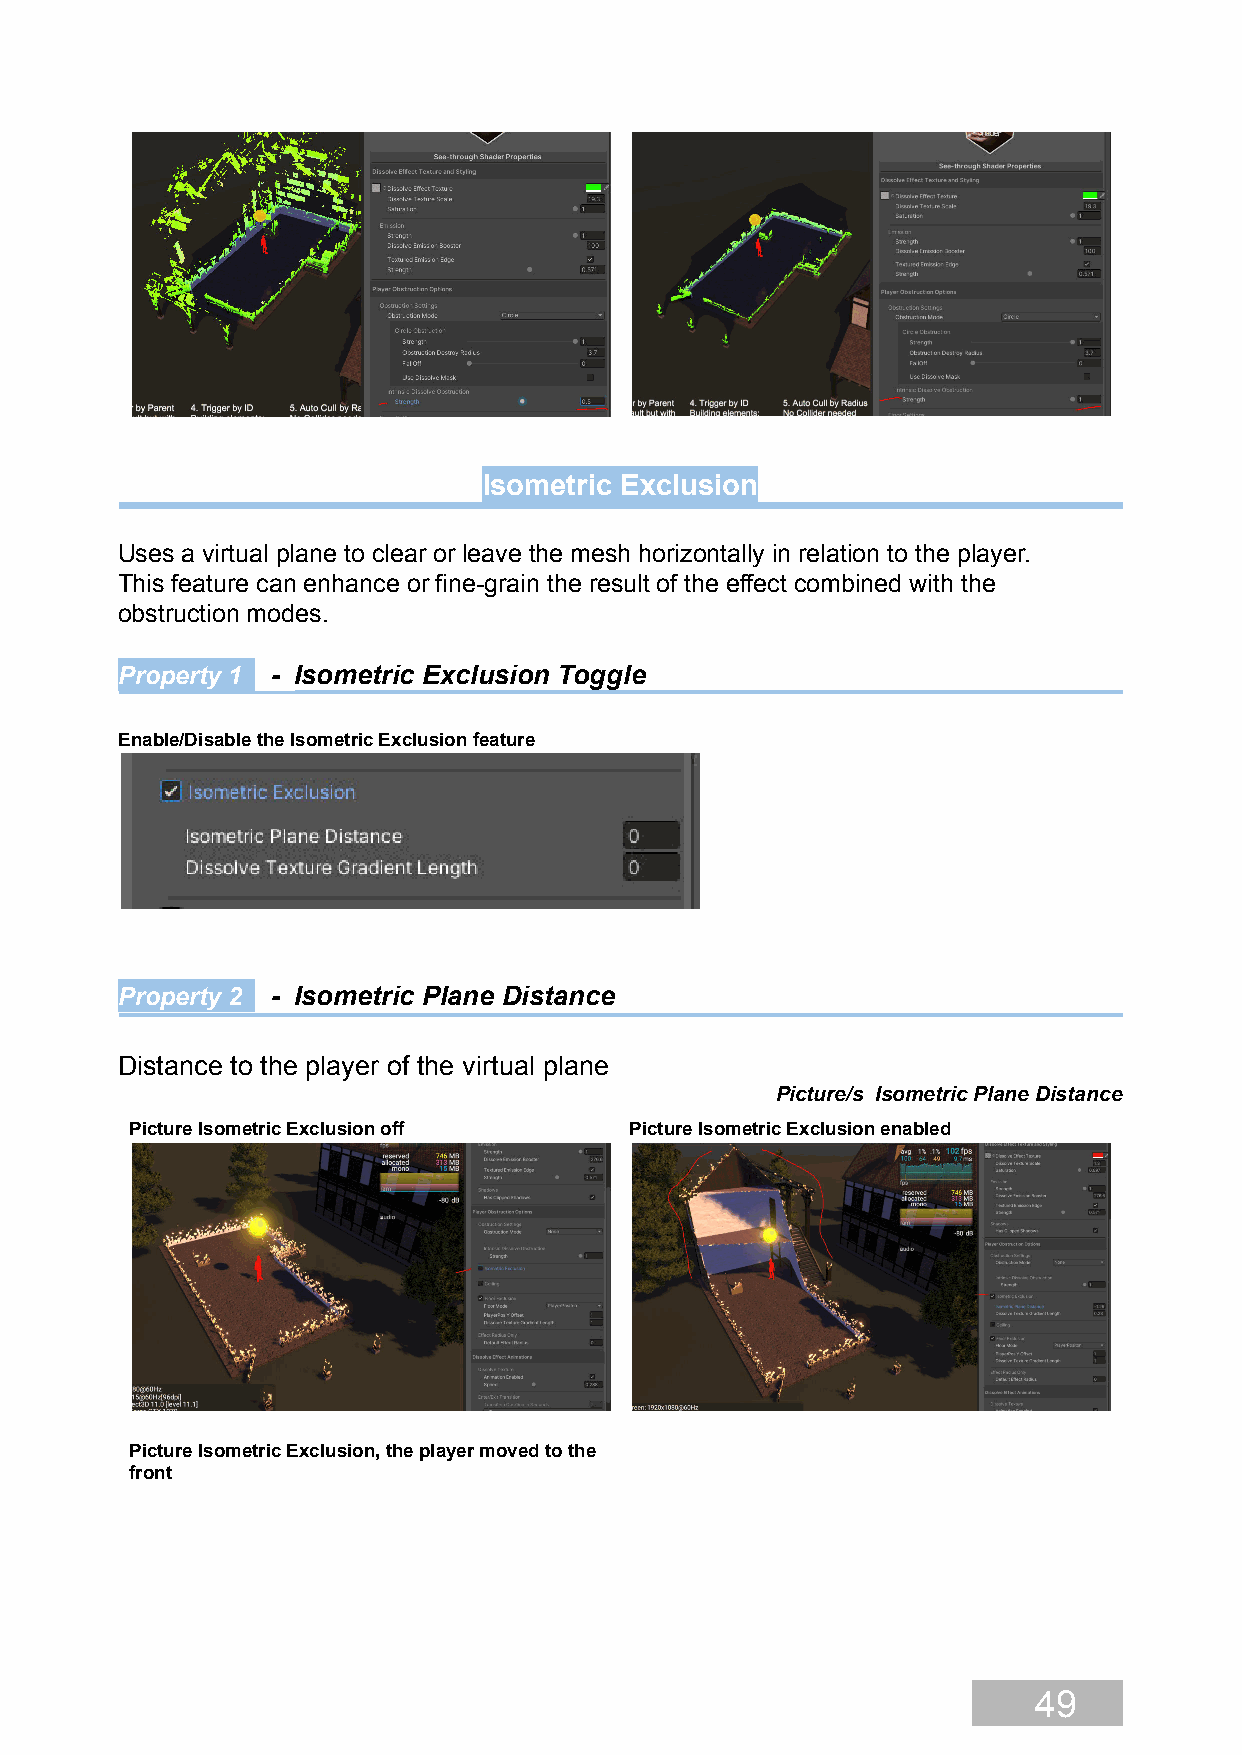
Isometric Exclusion
 Uses a virtual plane to clear or leave the mesh horizontally in relation to the player.
 This feature can enhance or fine-grain the result of the effect combined with the
 obstruction modes.
 Property 1 - Isometric Exclusion Toggle
 Enable/Disable the Isometric Exclusion feature
 Property 2 - Isometric Plane Distance
 Distance to the player of the virtual plane
 Picture/s Isometric Plane Distance
 Picture Isometric Exclusion off  Picture Isometric Exclusion enabled
 Picture Isometric Exclusion, the player moved to the
 front
 49